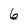
Character: 6